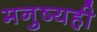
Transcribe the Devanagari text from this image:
मनुष्यही